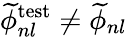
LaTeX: \widetilde{\phi}_{nl}^{\mathrm{test}}\neq\widetilde{\phi}_{nl}